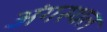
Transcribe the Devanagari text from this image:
अंगस्थल